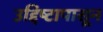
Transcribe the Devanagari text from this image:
उद्दिष्टापासून